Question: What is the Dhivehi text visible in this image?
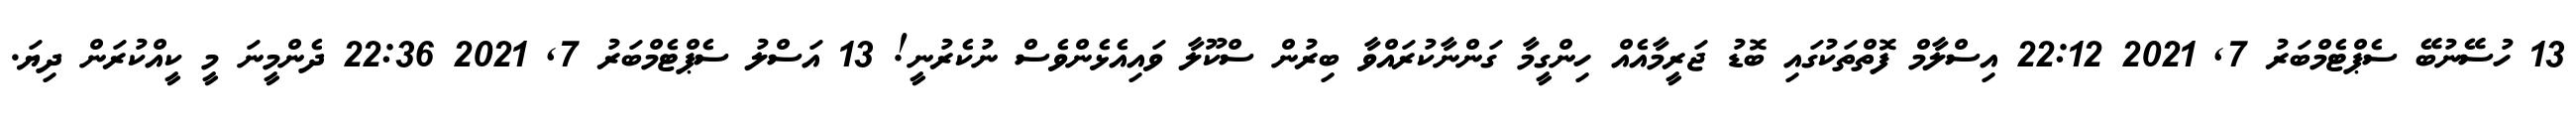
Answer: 13 ހުސޭނުބޭ ސެޕްޓެމްބަރު 7, 2021 22:12 އިސްލާމް ފޮތްތަކުގައި ބޮޑު ޖަރީމާއެއް ހިންގީމާ ގަންނާކުރައްވާ ބިރުން ސްކޫލާ ވައިއެޅެންވެސް ނުކެރުނީ! 13 އަސްލު ސެޕްޓެމްބަރު 7, 2021 22:36 ދެންމީނަ މީ ކީއްކުރަން ދިޔަ.